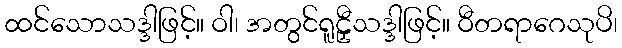
ထင်သောသဒ္ဒါဖြင့်။ ဝါ၊ အတွင်ရူဠှီသဒ္ဒါဖြင့်။ ဝီတရာဂေသုပိ၊